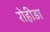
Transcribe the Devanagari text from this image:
रोहीडा